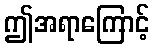
ဤအရာကြောင့်